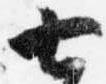
七